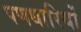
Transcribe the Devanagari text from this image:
पणधारियों